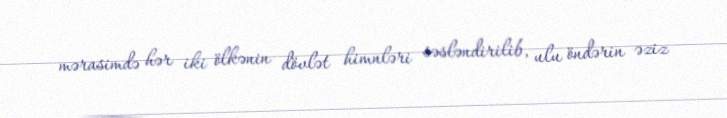
mərasimdə hər iki ölkənin dövlət himnləri səsləndirilib, ulu öndərin əziz